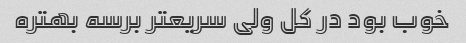
خوب بود در کل ولی سریعتر برسه بهتره